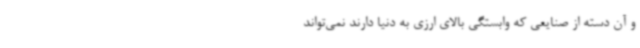
و آن دسته از صنایعی که وابستگی بالای ارزی به دنیا دارند نمی‌تواند